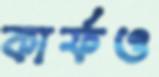
কার্ফও